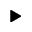
\blacktriangleright